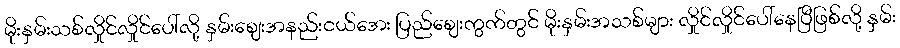
မိုးနှမ်းသစ်လှိုင်လှိုင်ပေါ်လို့ နှမ်းဈေးအနည်းငယ်အေး ပြည်ဈေးကွက်တွင် မိုးနှမ်းအသစ်များ လှိုင်လှိုင်ပေါ်နေပြီဖြစ်လို့ နှမ်း